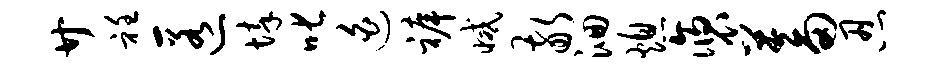
廿衽匿悴叱迫裤减敬洄熄褒蓄忍